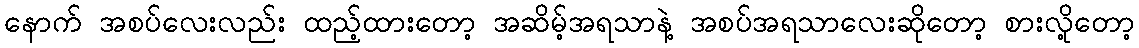
နောက် အစပ်လေးလည်း ထည့်ထားတော့ အဆိမ့်အရသာနဲ့ အစပ်အရသာလေးဆိုတော့ စားလို့တော့